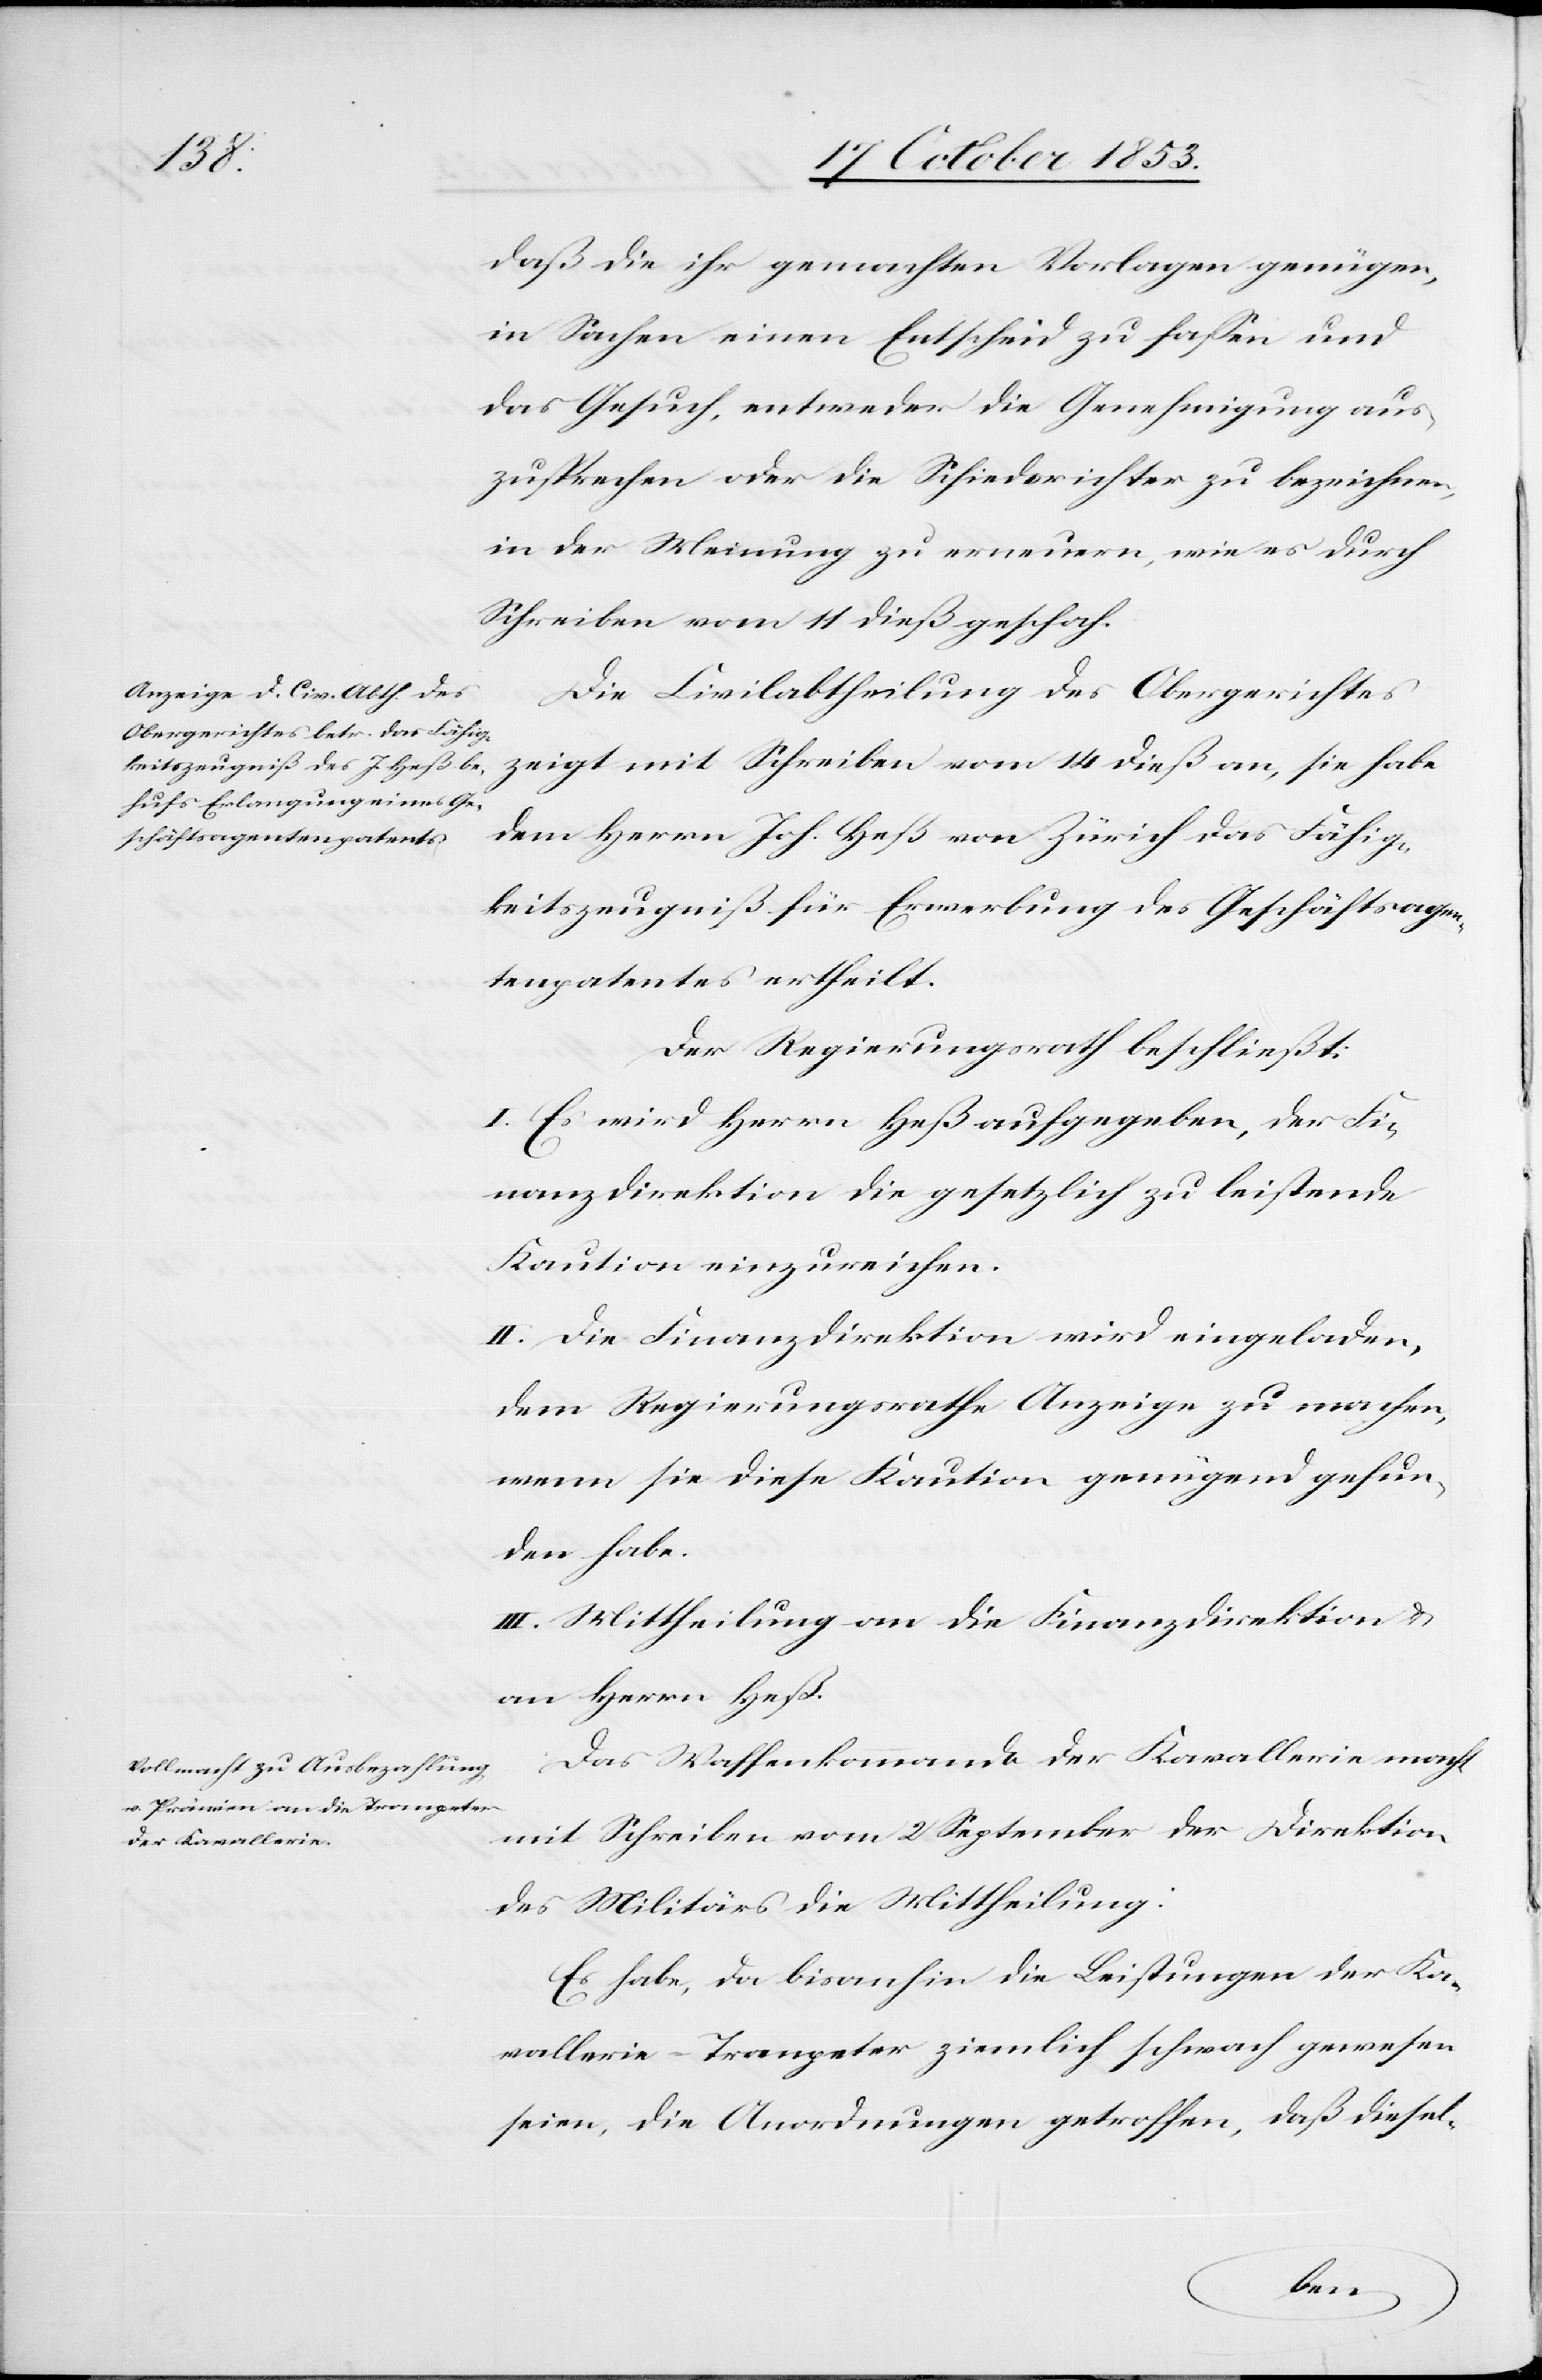
daß die ihr gemachten Vorlagen genügen,
in Sachen einen Entscheid zu faßen, und
das Gesuch, entweder die Genehmigung aus¬
zusprechen oder die Schiedsrichter zu bezeichnen,
in der Meinung zu erneuern, wie es durch
Schreiben vom 11 dieß geschah.
Die Civilabtheilung des Obergerichtes
zeigt mit Schreiben vom 14 dieß an, sie habe
dem Herrn Joh. Heß von Zürich das Fähig¬
keitszeugniß für Erwerbung des Geschäftsagen¬
tenpatentes ertheilt.
Der Regierungsrath beschließt:
I. Es wird Herrn Heß aufgegeben, der Fi¬
nanzdirektion die gesetzlich zu leistende
Kaution einzureichen.
II. Die Finanzdirektion wird eingeladen,
dem Regierungsrathe Anzeige zu machen,
wenn sie diese Kaution genügend gefun¬
den habe.
III. Mittheilung an die Finanzdirektion u.
an Herrn Heß.
Das Waffenkommando der Kavallerie macht
mit Schreiben vom 2 September der Direktion
des Militärs die Mittheilung:
Es habe, da bisanhin die Leistungen der Ka¬
vallerie-Trompeter ziemlich schwach gewesen
seien, die Anordnungen getroffen, daß diesel-